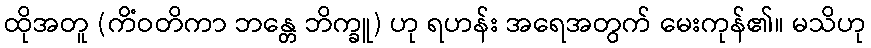
ထိုအတူ (ကိံဝတိကာ ဘန္တေ ဘိက္ခူ) ဟု ရဟန်း အရေအတွက် မေးကုန်၏။ မသိဟု